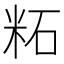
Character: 𫂹